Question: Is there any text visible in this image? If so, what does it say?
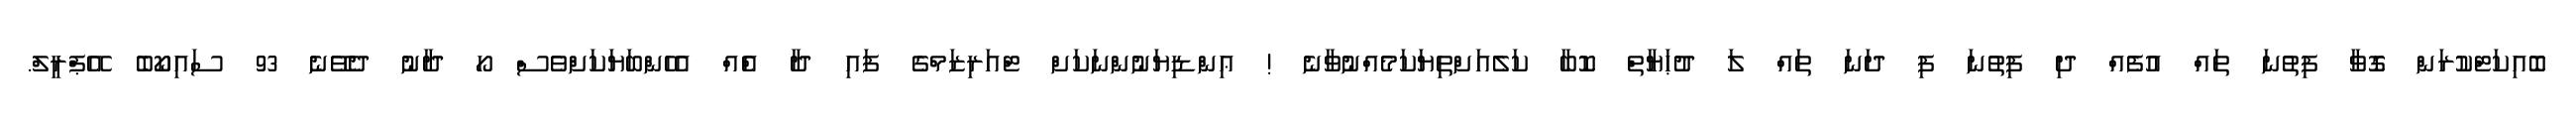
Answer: ބޮއިކަޓްކުރަން ގޮވާ ފިތުނަ ތައް އުފެއް ދި ފިތުނަ ފި ދަނަ ތައް ލަ ދުޙަޔާތް ކޮބާ ކަލެއަށްތިޔަކަމެއްނުވާނެ ! ޢިންޑިޔަނުންނަކަށް ޓްއަރިޒަމްގެ ފައި ދާ އެްއް އެހެންބަޔަކަށްވެސް ހޯ ދާނު ދެވޭނެ 93 ސައިކޯބެ އޭޕްރީލް.